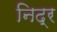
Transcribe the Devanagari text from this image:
निद्र